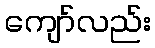
ကျော်လည်း